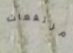
مرتفعات